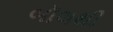
બૉલથી